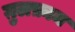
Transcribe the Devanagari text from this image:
ग़ुलफ़ाम